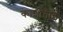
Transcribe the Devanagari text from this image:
काशीताई